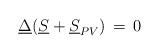
LaTeX: \begin{align*}\underline \Delta (\underline S + \underline S_{PV} ) \, = \, 0\end{align*}